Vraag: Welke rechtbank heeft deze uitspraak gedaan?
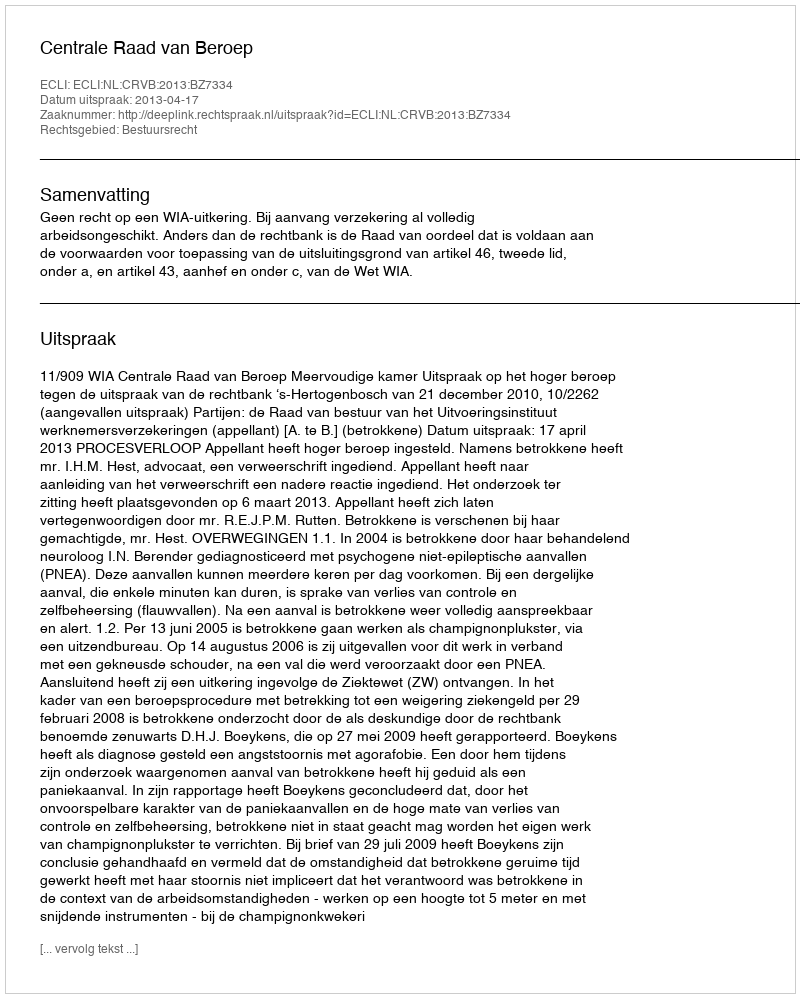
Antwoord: Centrale Raad van Beroep